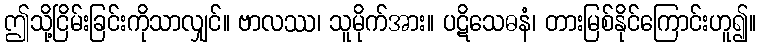
ဤသို့ငြိမ်းခြင်းကိုသာလျှင်။ ဗာလဿ၊ သူမိုက်အား။ ပဋိသေဓနံ၊ တားမြစ်နိုင်ကြောင်းဟူ၍။